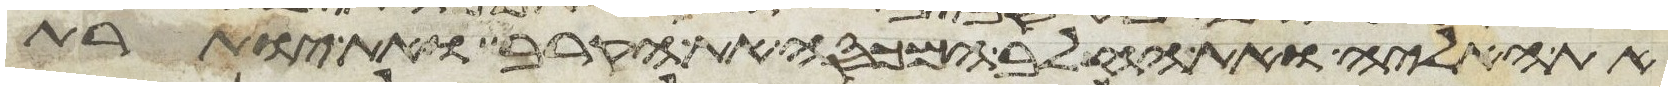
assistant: את האליה ואת החלב המכסה את הקרב ואת יותרת